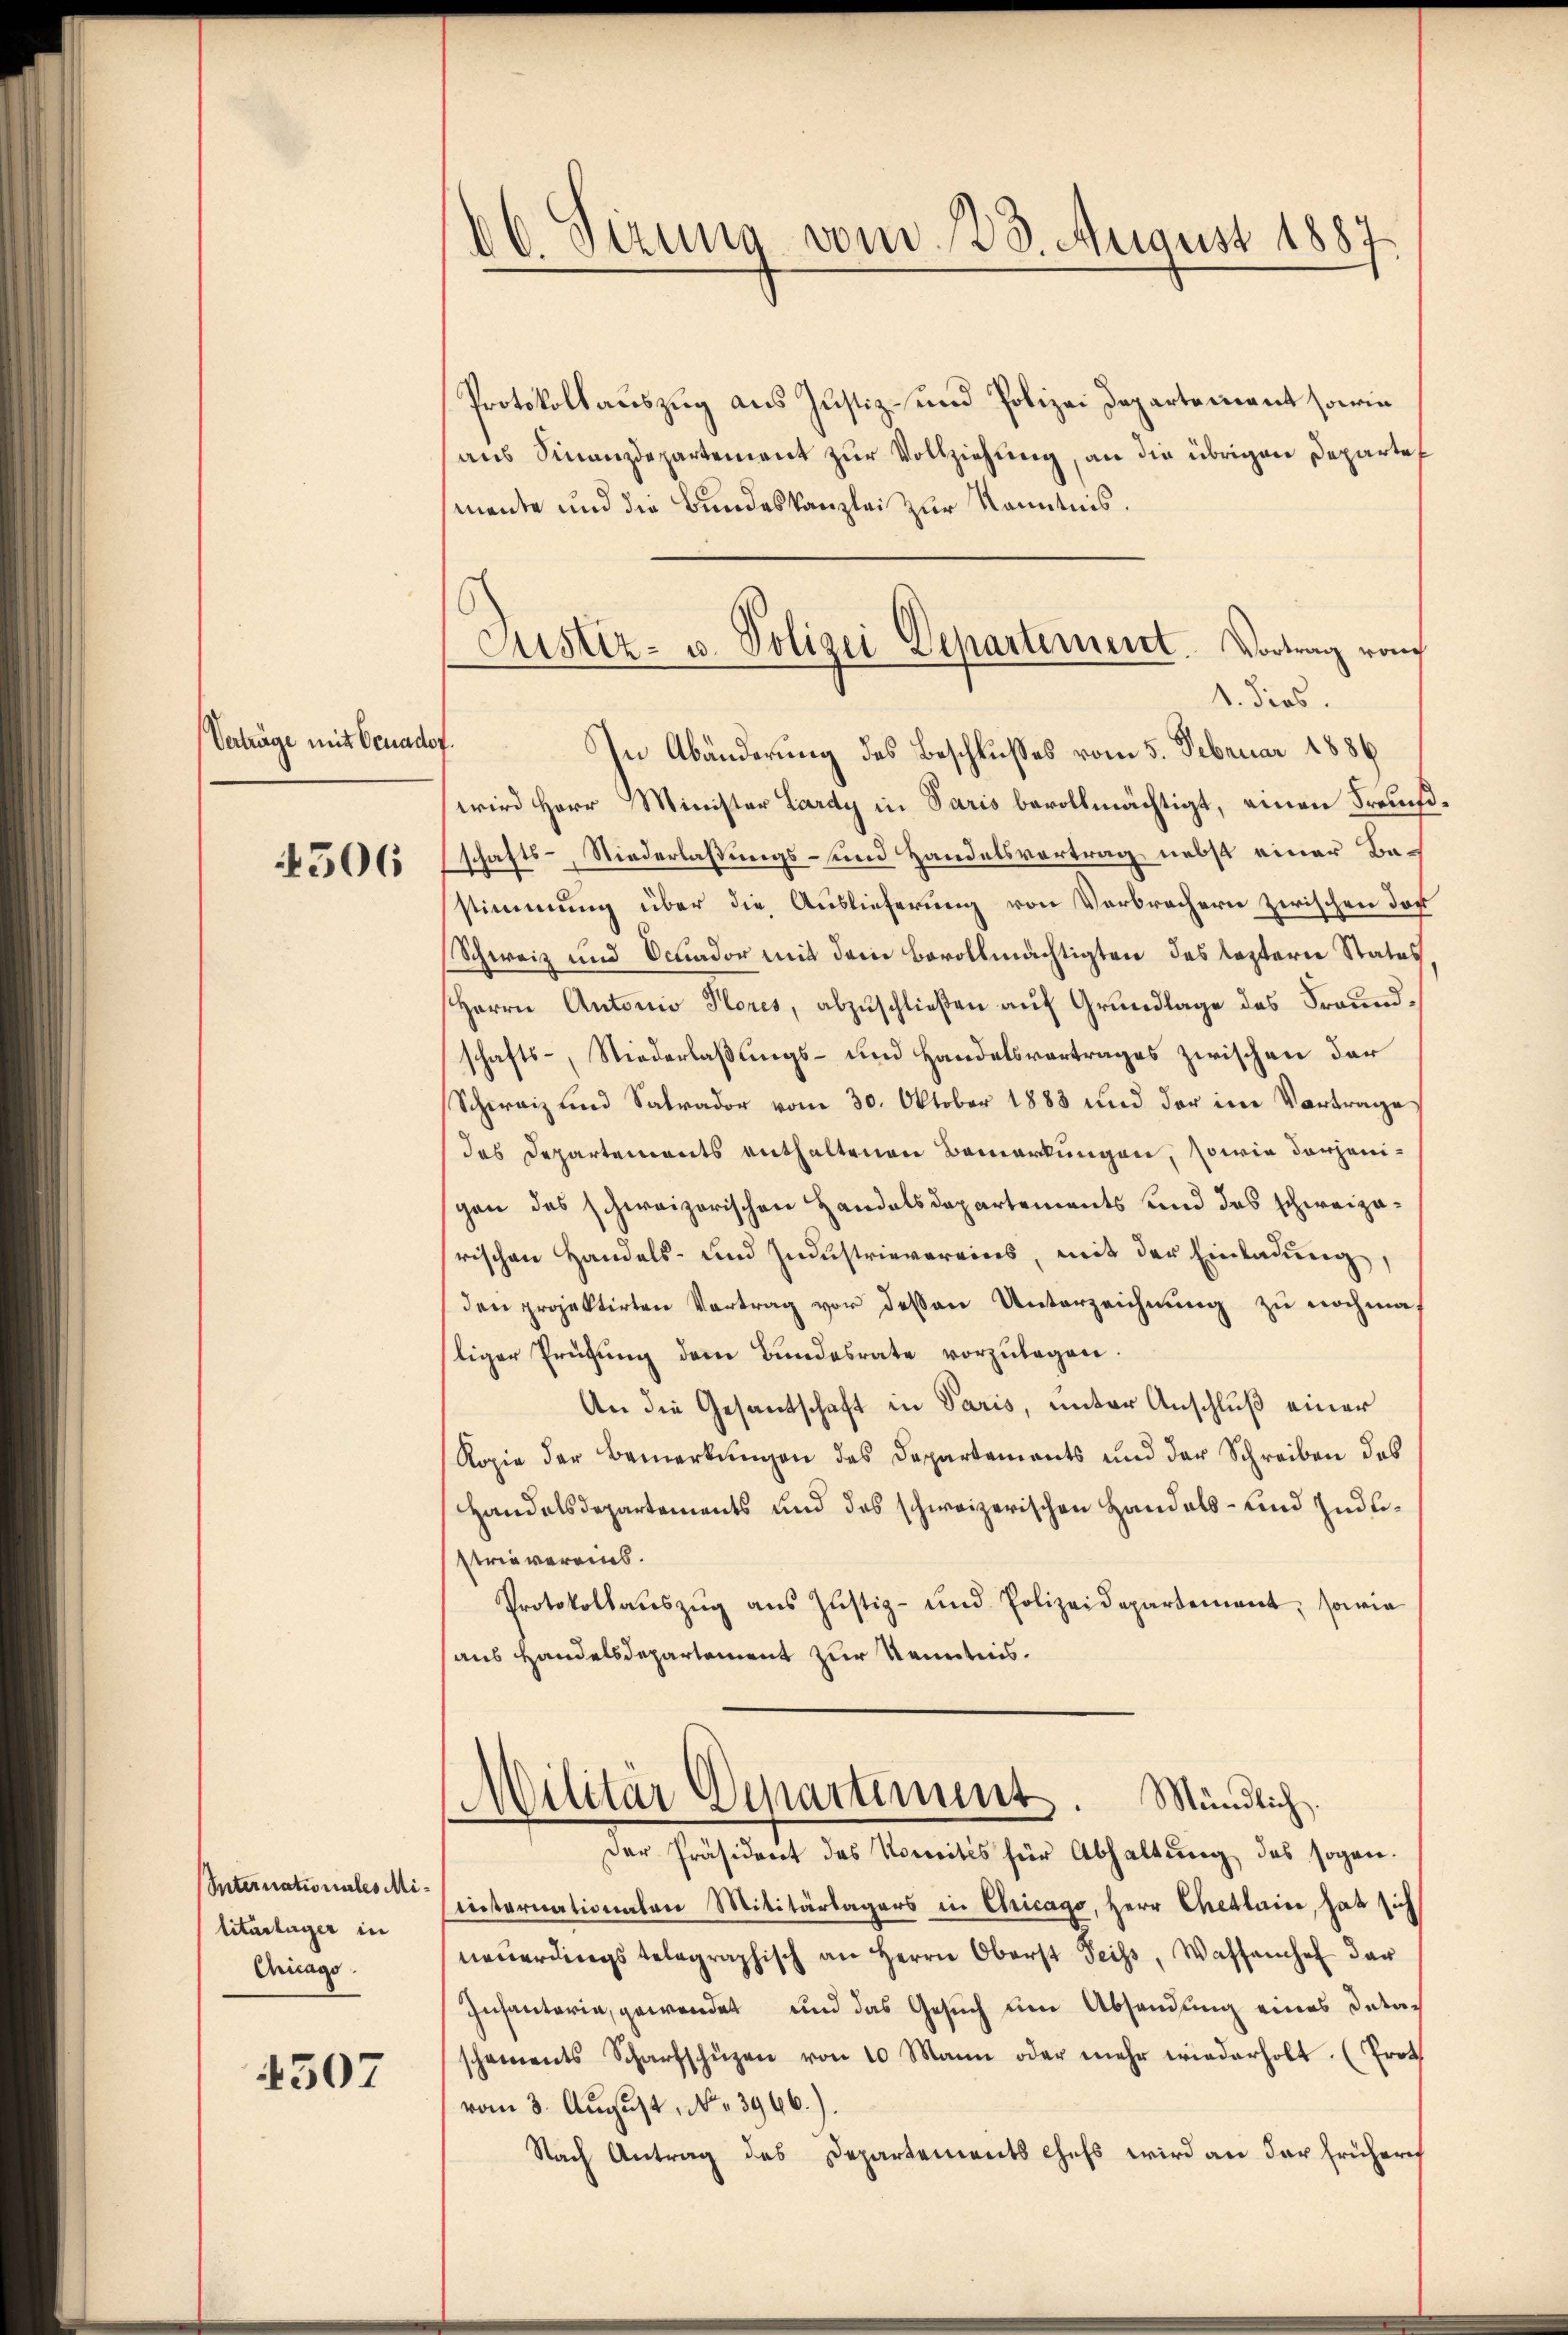
Verträge mit Ocuador.

4506

Internationales Militartager in
Cricago

4507

16 Sizung vom 28. August 1887

Protokollauszug aus Justiz- und Polizei Departement sowie
aus Finanzdepartement zur Vollziehung, an die übrigen Departemante und die Bundeskanzlei zur Kenntnis.
In Abänderung des Beschlußes vom 5. Februar 1886
wird Herr Minister Lardy in Paris bevollmächtigt, einen Frauch
schafts-, Niederlaßungs- und Handelsvortrag nebst einer Bestimmung über die Auslieferung von Verbrechern zwischen dor
Schweiz und Ocuador mit dem Bevollmächtigten des leztern Status
Herrn Antonio Hores, abzuschließen auf Grundlage des Freundschafts-, Niederlaßungs- und Handelsvortrages zwischen der
Schweiz und Satrador vom 30. Oktober 1883 und der im Vortrage
das Departements enthaltenen Bemerkungen, sowie derjenigen des schweizerischen Handelsdepartements und das schweizerischen Handels- und Industrievereins, mit der Einladung,
den projektirten Vertrag vor dessen Unterzeichnung zu nochmal
liger Prüfung dem Bundesrate vorzŭlegen.
An die Gesantschaft in Paris, unter Anschluß einer
Kopie der Bemerkungen des Departements und der Schreiben des
Handelsdepartements und des schweizerischen Handels- und Industrie vereins.
Protokollaŭszŭg ans Justiz- und Polizeidepartement, sowie
aus Handelsdepartement zur Kenntnis.
Militär Departiment. Mündlich.
Der Präsident des Nomités für Abhaltŭng des sogan-
internationalen Militärtagers in Chicago, Herr Chetlais, hat sich
neŭerdings telegraphisch an Herrn Oberst Teig, Wassanchef das
Infanteria, gewendet und das Gesuch um Absendung eines Detac
scheinents Scharfschüzen von 10 Mann oder mehr wiederholt. (Prot
vom 3. August . 3966.)
Nach Antrag des Departements Chefs wird an der frühere

Justiz- u. Polizei Departement. Vortrag vom
1. dies